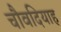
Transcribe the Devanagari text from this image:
चौवदियाह